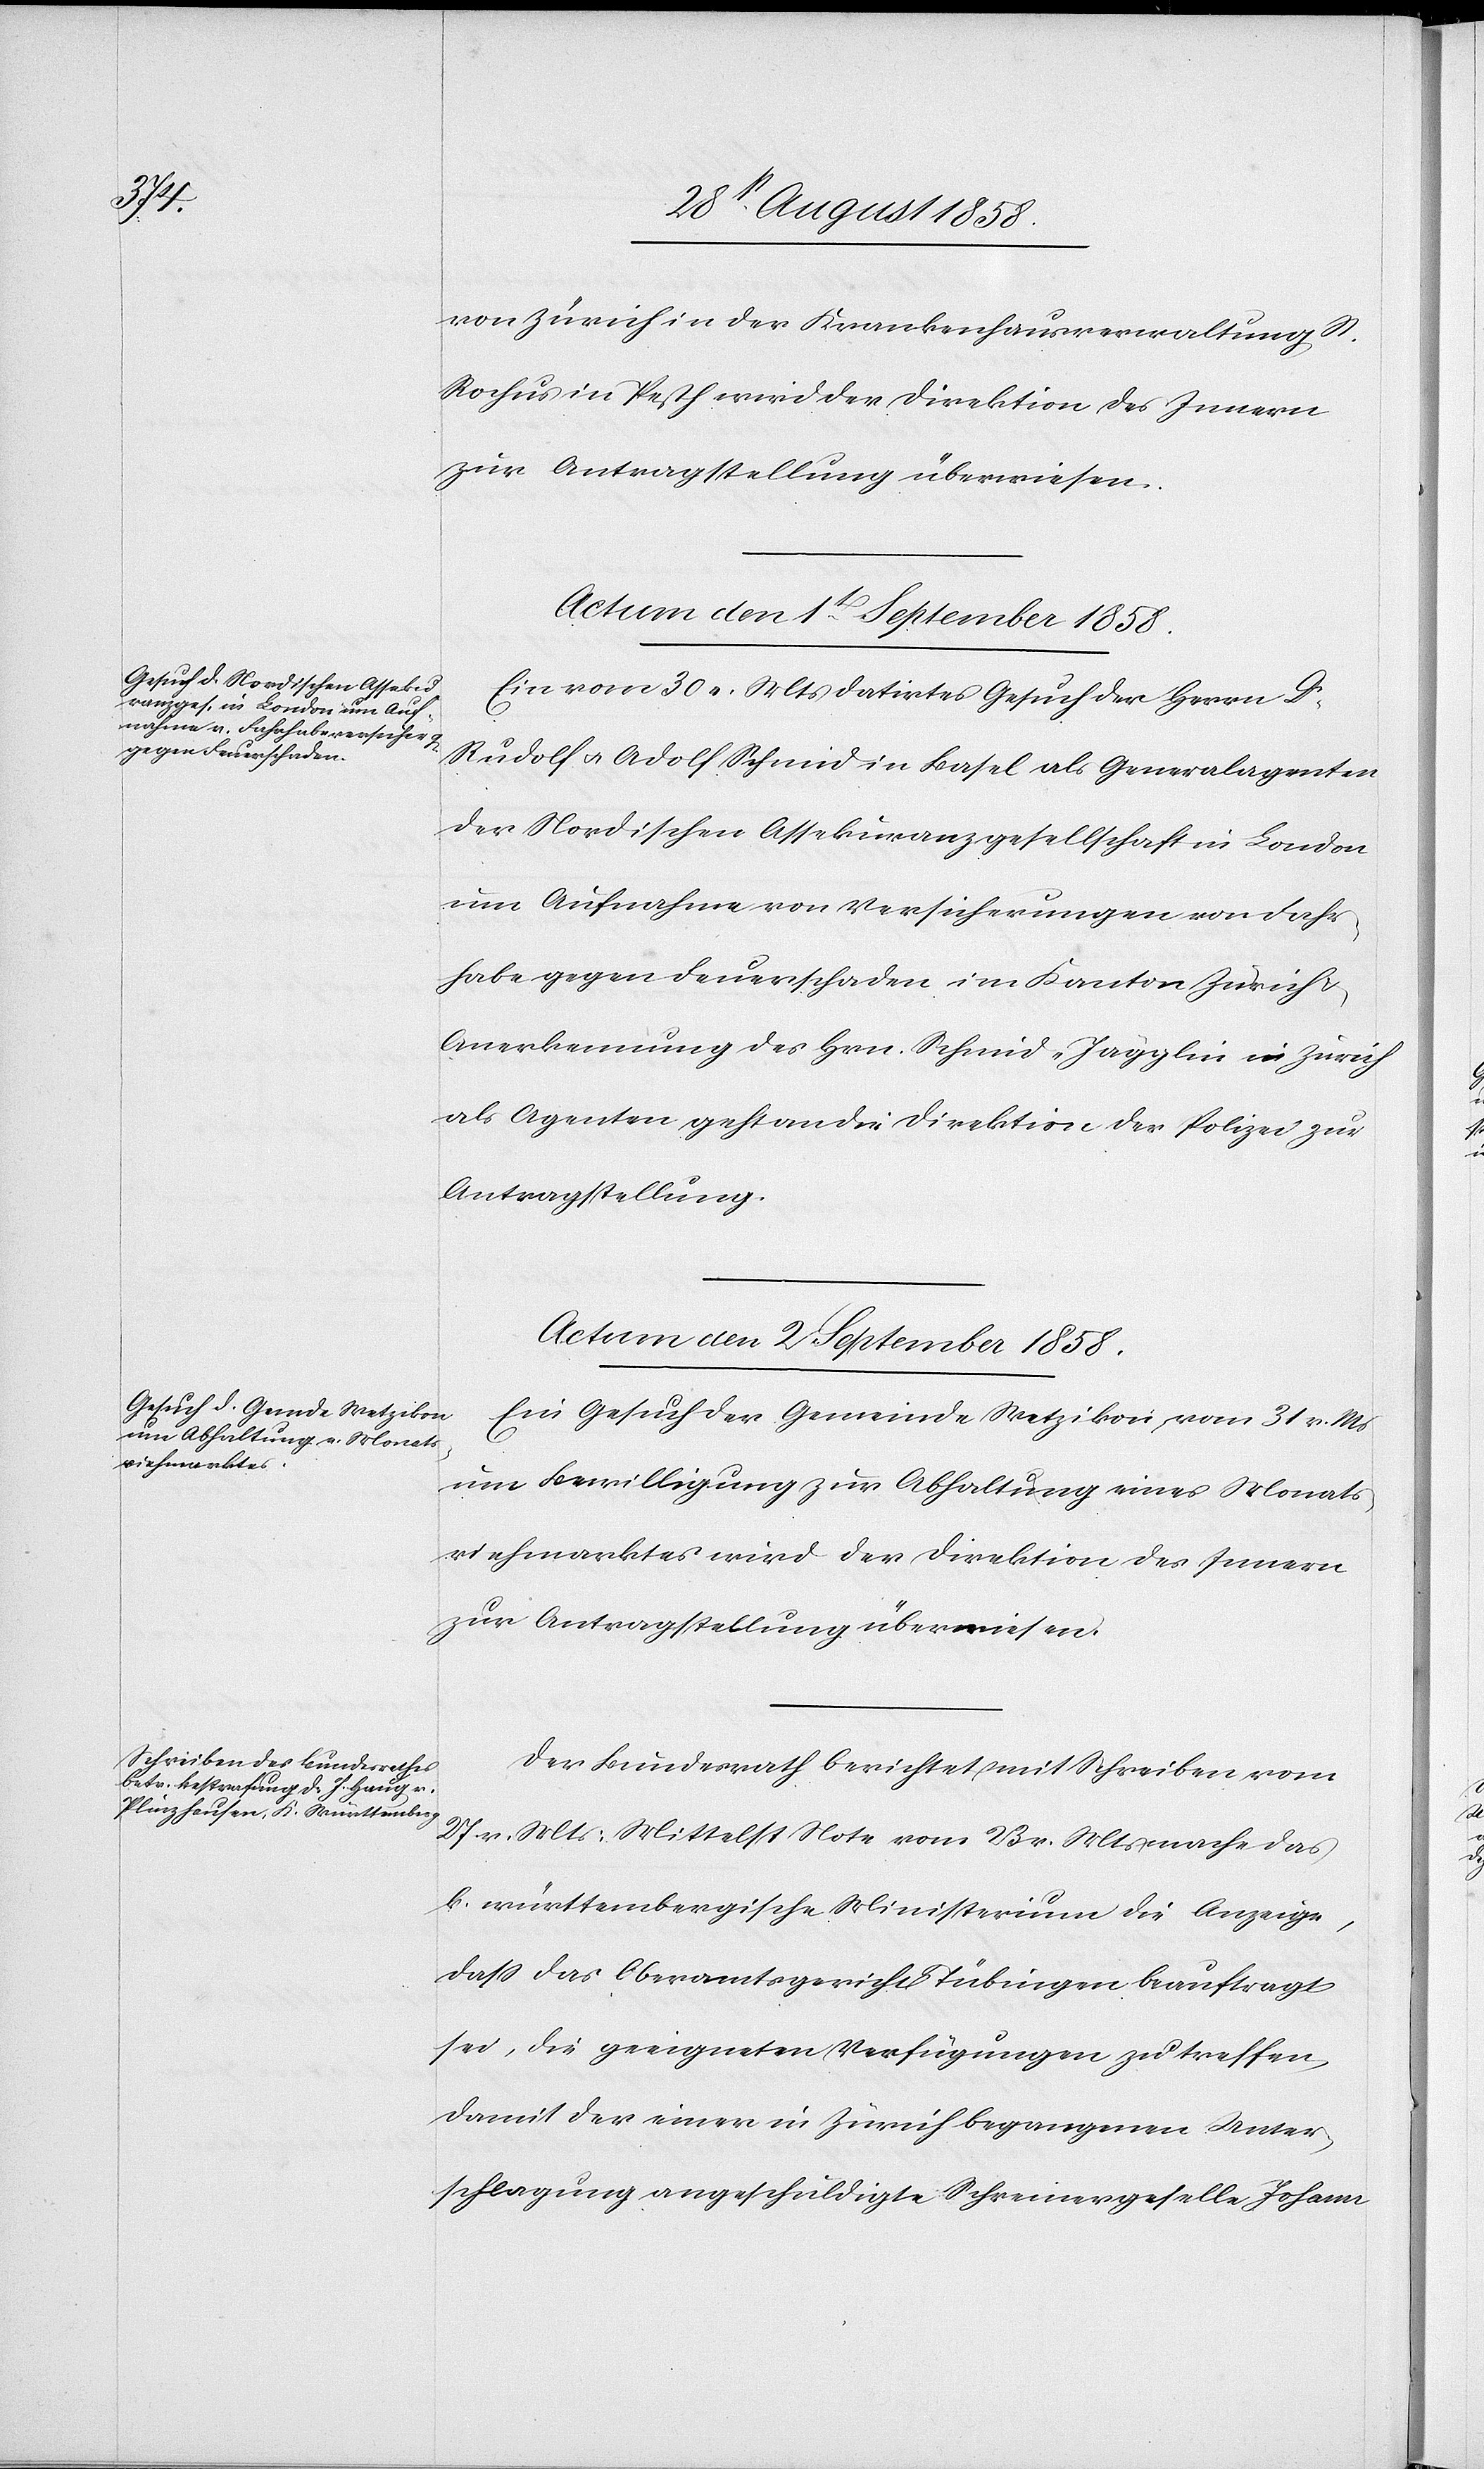
von Zürich in der Krankenhausverwaltung St.
Rochus in Pesth wird der Direktion des Innern
zur Antragstellung überwiesen.
Actum den 2 September 1858.]
Ein vom 30 v. Mts datirtes Gesuch der Herrn Dr
Rudolf & Adolf Schmid in Basel als Generalagenten
der Nordischen Assekuranzgesellschaft in London
um Aufnahme von Versicherungen von Fahr¬
habe gegen Feuerschaden im Kanton Zürich
Anerkennung des Hrn. Schmid-Jägglin in Zürich
als Agenten geht an die Direktion der Polizei zur
Antragstellung.
Ein Gesuch der Gemeinde Wetzikon vom 31 v. M[t]s
um Bewilligung zur Abhaltung eines Monats¬
viehmarktes wird der Direktion des Innern
Der Bundesrath berichtet mit Schreiben vom
27 v. Mts: Mittelst Note vom 23 v. Mts mache das
k. württembergische Ministerium die Anzeige,
dass das Oberamtsgericht Tübingen beauftragt
sei, die geeigneten Verfügungen zu treffen,
damit der einer in Zürich begangenen Unter¬
schlagung angeschuldigte Schreinergeselle Johann